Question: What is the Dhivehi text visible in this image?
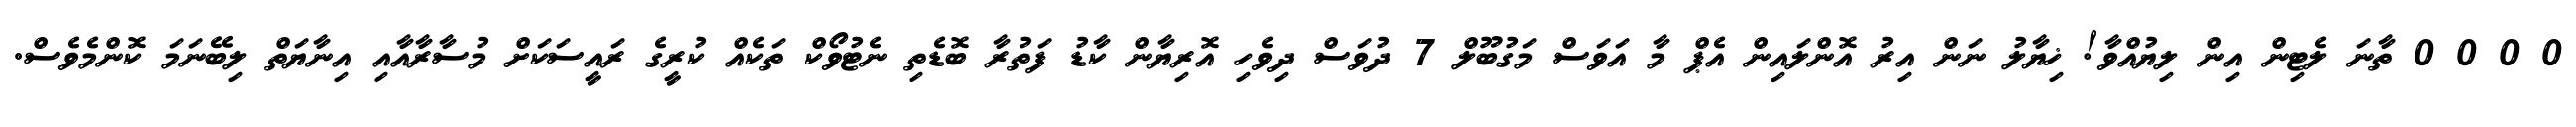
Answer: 0 0 0 0 ތާނަ ލެޓިން އިން ލިޔުއްވާ! ޚިޔާލު ނަން އިރު އޮންލައިން އެޕް މާ އަވަސް މަގުބޫލް 7 ދުވަސް ދިވެހި އޮރިޔާން ކާޑު ފަތުރާ ބޮޑެތި ނެޓުވޯކް ތަކެއް ކުރީގެ ރައީސަކަށް މުސާރާއާއި އިނާޔަތް ލިބޭނަމަ ކޮންމެވެސް.